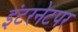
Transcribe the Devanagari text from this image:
इंटरनेटपर